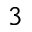
^ 3